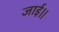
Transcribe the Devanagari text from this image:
जाई।।